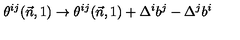
\theta ^ { i j } ( \vec { n } , 1 ) \to \theta ^ { i j } ( \vec { n } , 1 ) + \Delta ^ { i } b ^ { j } - \Delta ^ { j } b ^ { i }